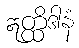
ဣတ္ထိဒါနံ